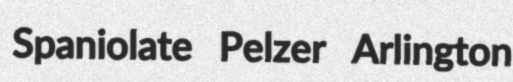
Spaniolate Pelzer Arlington